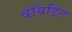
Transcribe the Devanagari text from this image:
वॉयडिंग